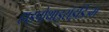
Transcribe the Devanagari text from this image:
हाइपोथाइरॉइडिज्म